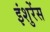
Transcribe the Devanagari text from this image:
इंशुरेंस